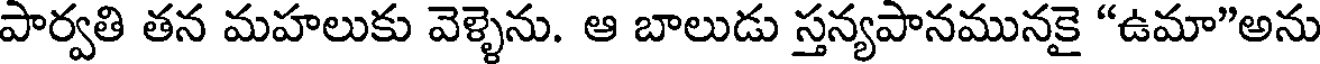
పార్వతి తన మహలుకు వెళ్ళెను. ఆ బాలుడు స్తన్యపానమునకై "ఉమా"అను